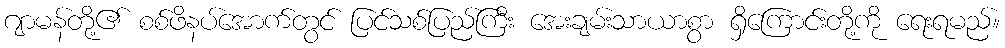
ဂျာမန်တို့၏ စစ်ဖိနပ်အောက်တွင် ပြင်သစ်ပြည်ကြီး အေးချမ်းသာယာစွာ ရှိကြောင်းတို့ကို ရေးရမည်။